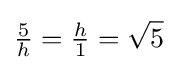
{\tfrac {5}{h}}={\tfrac {h}{1}}={\sqrt {5}}